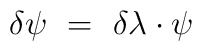
\delta \psi ~=~ \delta \lambda \cdot \psi